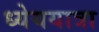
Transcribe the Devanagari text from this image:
ध्येययात्रा